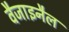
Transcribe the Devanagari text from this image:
वैजाइनैल